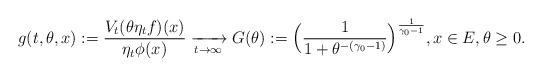
LaTeX: \begin{align*} g(t,\theta,x):=\frac{V_t (\theta \eta_t f) (x)}{\eta_t \phi(x)}\xrightarrow[t\to \infty]{} G(\theta):= \Big( \frac{1}{1+\theta^{-(\gamma_0 - 1)}} \Big)^{ \frac{1}{\gamma_0 - 1} },x\in E, \theta \geq 0.\end{align*}